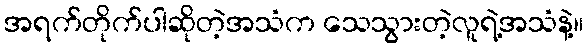
အရက်တိုက်ပါဆိုတဲ့အသံက သေသွားတဲ့လူရဲ့အသံနဲ့။